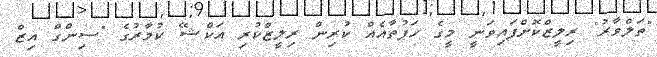
"ތަލްވާރު" ރިލީޒްކޮށްފައިވަނީ މީގެ ހަފުތާއެއް ކުރިން ރިލީޒްކުރި އަކްޝޭ ކުމާރުގެ "ސިންގް އިޒް